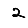
Digit: 2